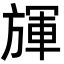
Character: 𣄈